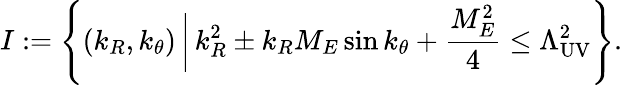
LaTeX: I:=\left\{ (k_{R},k_{\theta})\, \bigg|\, k_{R}^{2}\pm k_{R}M_{E}\sin k_{\theta}+\frac{M_{E}^{2}}{4}\le\Lambda_{\mathrm{UV}}^{2}\right\} .